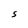
Character: S